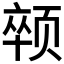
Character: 𱂯